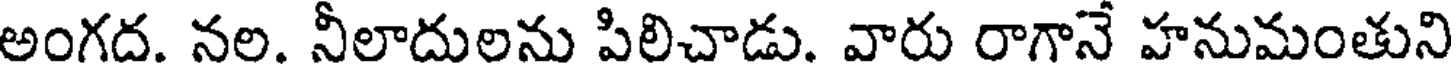
అంగద. నల. నీలాదులను పిలిచాడు. వారు రాగానే హనుమంతుని